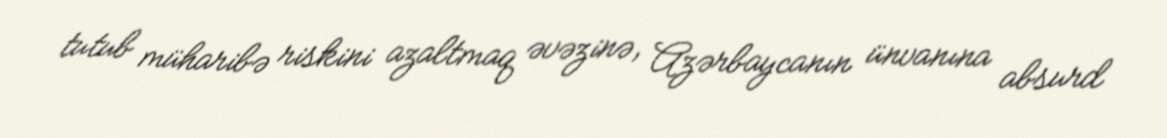
tutub müharibə riskini azaltmaq əvəzinə, Azərbaycanın ünvanına absurd